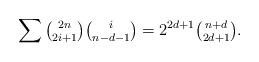
LaTeX: \begin{align*}\sum\tbinom{2n}{2i+1}\tbinom i{n-d-1}=2^{2d+1}\tbinom{n+d}{2d+1}.\end{align*}